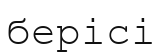
берісі